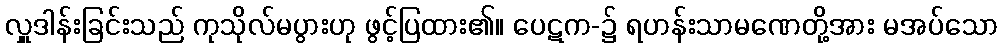
လှူဒါန်းခြင်းသည် ကုသိုလ်မပွားဟု ဖွင့်ပြထား၏။ ပေဋက-၌ ရဟန်းသာမဏေတို့အား မအပ်သော